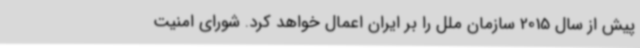
پیش از سال 2015 سازمان ملل را بر ایران اعمال خواهد کرد. شورای امنیت